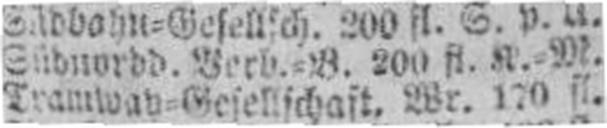
Tramway=Gesellschaft, Wr. 170 fl.